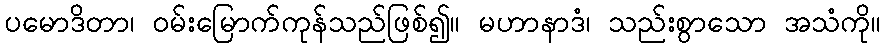
ပမောဒိတာ၊ ဝမ်းမြောက်ကုန်သည်ဖြစ်၍။ မဟာနာဒံ၊ သည်းစွာသော အသံကို။